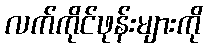
လက်ကိုင်ဖုန်းများကို